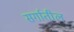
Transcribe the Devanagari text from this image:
सर्गातील